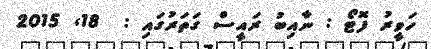
ހަވީރު ފޮޓޯ : ނާއިބު ރައީސް ގަތަރުގައި :  18